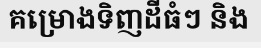
គម្រោងទិញដីធំៗ និង